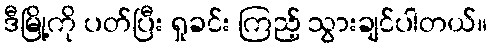
ဒီမြို့ကို ပတ်ပြီး ရှုခင်း ကြည့် သွားချင်ပါတယ်။